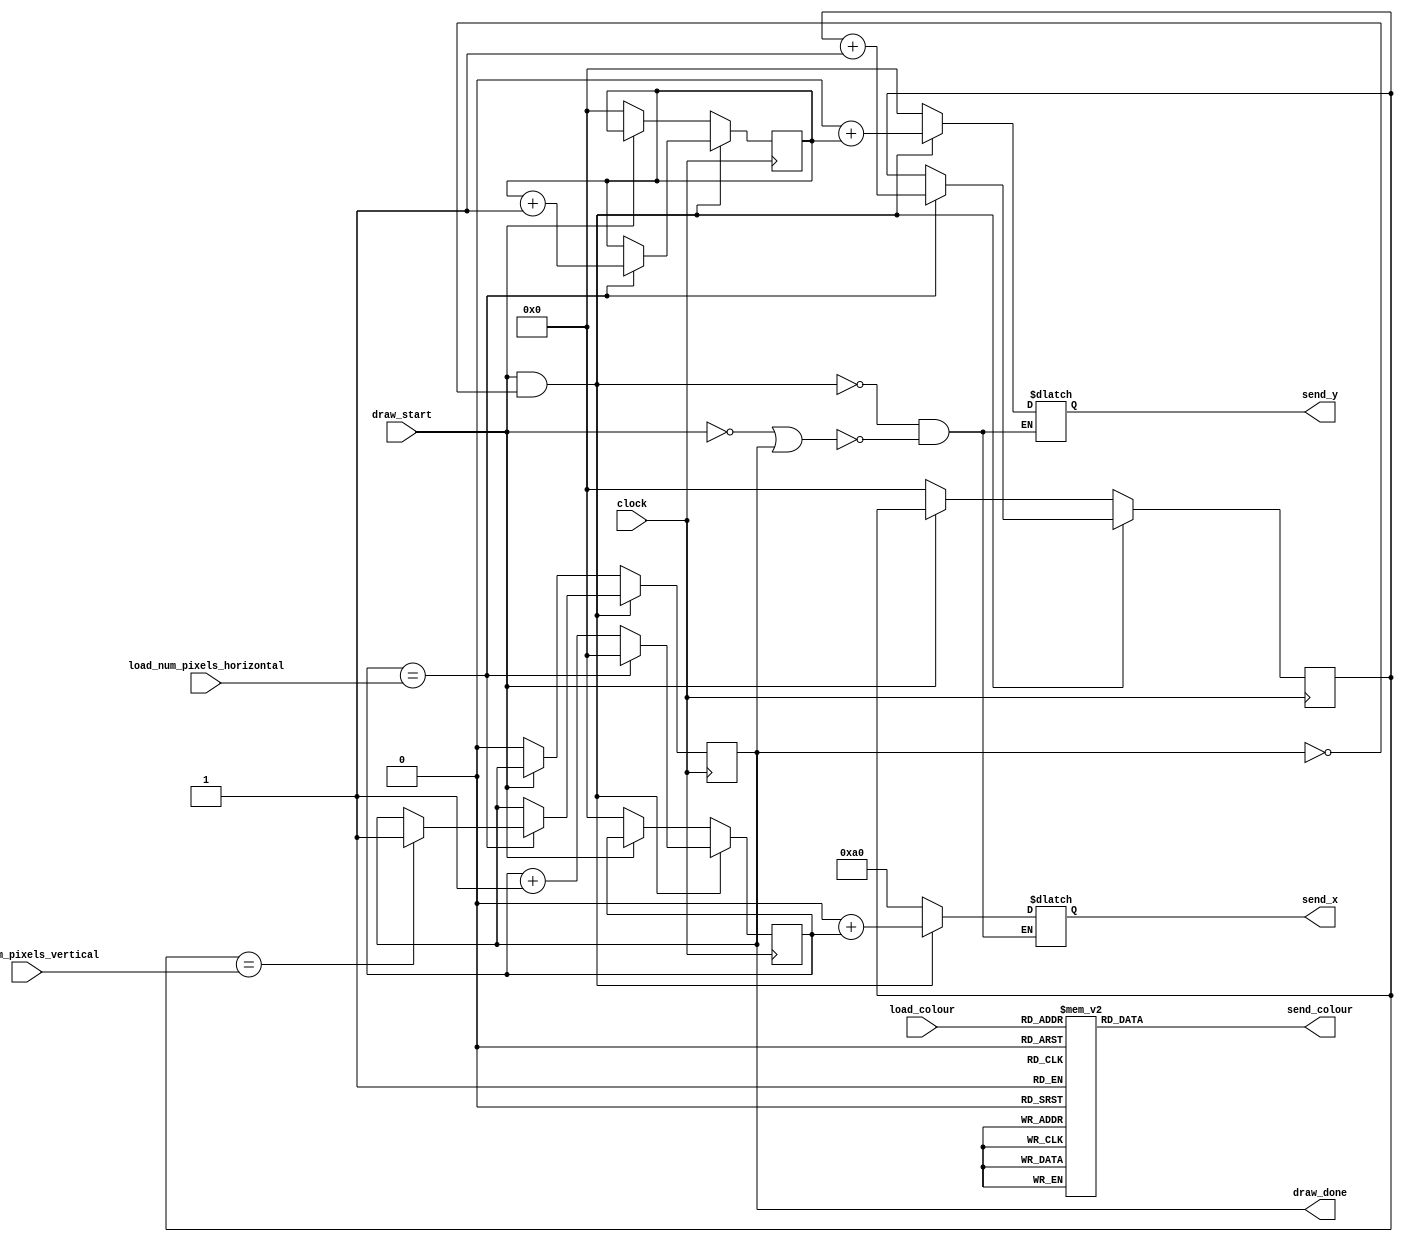
module clear_screen(
// Input
clock,
draw_start,
load_colour,
load_num_pixels_vertical,
load_num_pixels_horizontal,
// Output
draw_done,
send_colour,
send_x,
send_y
);

    input clock;                             
    input draw_start;                        
    input [2:0] load_colour;                 
    input [10:0] load_num_pixels_vertical;   // Y-Dimension of shape
    input [10:0] load_num_pixels_horizontal; // X-Dimension of shape
	 
	 output reg draw_done = 1'd0;  
	 output reg [2:0] send_colour; 
    output reg [10:0] send_x;     
	 output reg [10:0] send_y;     
	 
	 wire [10:0] top_left_corner_x_pos = 1'd0; // Origin point
	 wire [10:0] top_left_corner_y_pos = 1'd0; 
	 wire [10:0] right_offscreen_x_pos = 8'd160;
	
	 reg [10:0] curr_x_pos = 1'd0;             
    reg [10:0] curr_y_pos = 1'd0;             
    reg [10:0] num_rows_done = 1'd0;          
	 
	 // Determines colour to be sent
	 always@(*)
	 begin
			case (load_colour)
			3'b000: send_colour = 3'b000;  // Black
			3'b001: send_colour = 3'b001;  // Dark Blue
			3'b010: send_colour = 3'b010;  // Light Green
			3'b011: send_colour = 3'b011;  // Light Blue
			3'b100: send_colour = 3'b100;  // Red
			3'b101: send_colour = 3'b101;  // Pink
			3'b110: send_colour = 3'b110;  // Yellow
		   3'b111: send_colour = 3'b111;  // White
			endcase
	 end
    
	 // Determines pixel coordinate
	 always @ (posedge clock) 
    begin
        if (draw_start && !draw_done) 
        begin
            if (curr_x_pos == load_num_pixels_horizontal)
            begin
                curr_y_pos <= curr_y_pos + 1'd1; // Move on to the next row					 
					 num_rows_done <= num_rows_done + 1'd1;
					 if (num_rows_done == load_num_pixels_vertical)
					 begin
						  draw_done <= 1'd1;
					 end
					 curr_x_pos <= 1'd0; // Reset current x_value
            end
            else
                curr_x_pos <= curr_x_pos + 1'd1; // Move on to next column
            end
        else if (!draw_start)
        begin
            curr_x_pos <= 1'd0;
            curr_y_pos <= 1'd0;
				num_rows_done <= 1'd0;
            draw_done <= 1'd0;
        end
    end
	 
	 // Sends pixel coordinate
    always @ (*)
    begin
        if (draw_start && !draw_done)
        begin
				send_x <= top_left_corner_x_pos + curr_x_pos;
			   send_y <= top_left_corner_y_pos + curr_y_pos;
        end
		  else if (!draw_start || draw_done)
		  begin
			   send_x <= right_offscreen_x_pos;
				send_y <= 1'd0;
		  end 
    end
endmodule